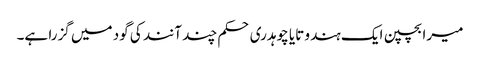
میرا بچپن ایک ہندو تایا چوہدری حکم چند آنند کی گود میں گزرا ہے۔